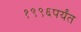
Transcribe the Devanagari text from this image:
१९९६पर्यंत